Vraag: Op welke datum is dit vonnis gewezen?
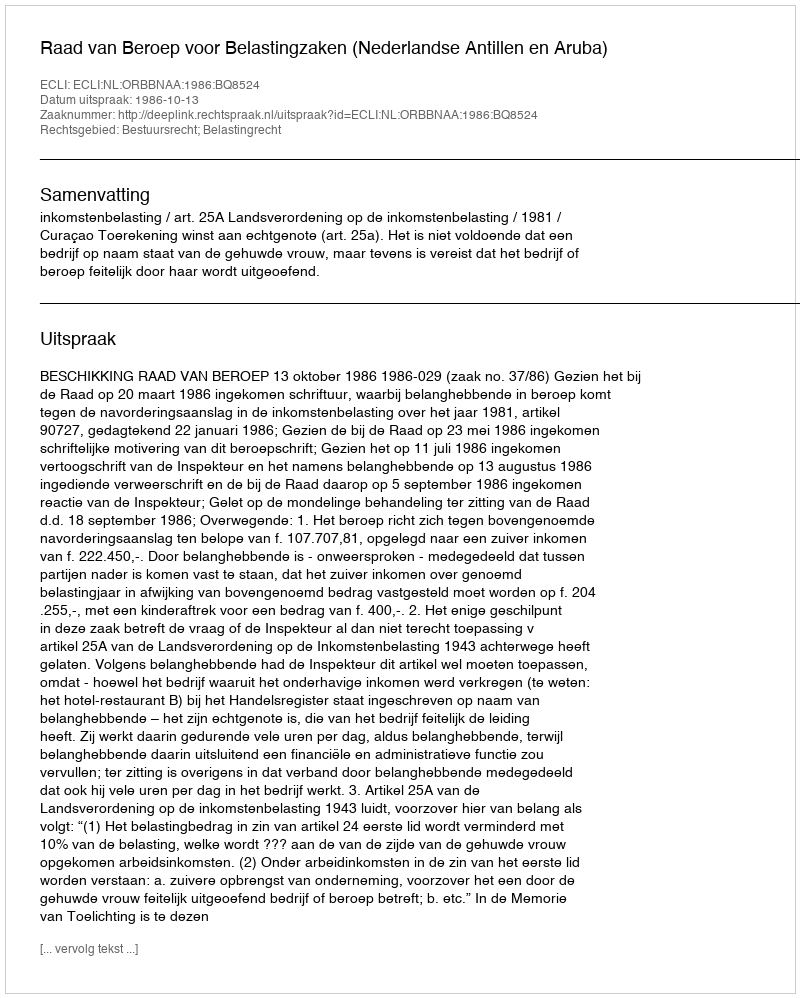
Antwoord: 1986-10-13